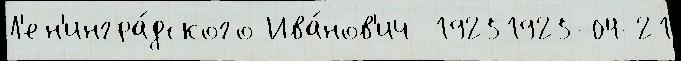
Л'ен'ингра́дского Ива́нов'ич  19251925-04-21